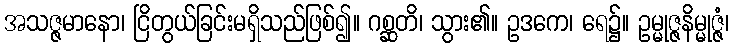
အသဇ္ဇမာနော၊ ငြိတွယ်ခြင်းမရှိသည်ဖြစ်၍။ ဂစ္ဆတိ၊ သွား၏။ ဥဒကေ၊ ရေ၌။ ဥမ္မုဇ္ဇနိမ္မုဇ္ဇံ၊